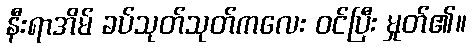
နီးရာအိမ် ခပ်သုတ်သုတ်ကလေး ဝင်ပြီး မှုတ်၏။